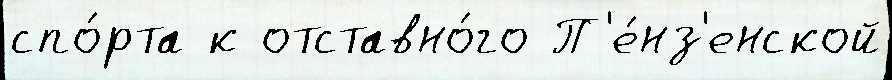
спо́рта к отставно́го П'е́нз'енской